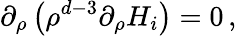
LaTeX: \partial_{\rho}\left(\rho^{d-3}\partial_{\rho}H_{i}\right)=0\, ,